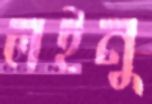
লইনু